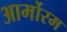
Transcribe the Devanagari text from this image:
आर्मोरम